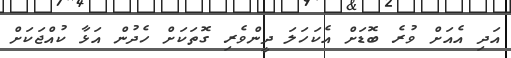
އަދި އެއަށް ވުރެ ބޮޑަށް އެކަހަލަ ދީންވެރި ގޮތަކަށް ހެދުން އަޅާ ކުއްޖަކަށް